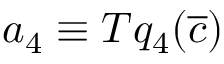
a _ { 4 } \equiv T q _ { 4 } ( \overline { { c } } )